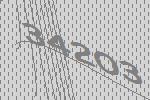
34203